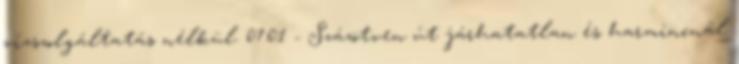
vízszolgáltatás nélkül. 07:01 - Százötven út járhatatlan és harmincnál